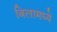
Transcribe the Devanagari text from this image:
बिलामध्ये